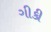
ગીકી